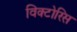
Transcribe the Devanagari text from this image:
विक्टोरिस